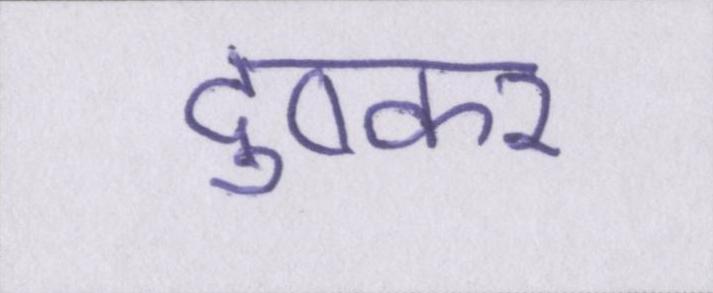
दुष्कर